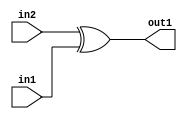
`timescale 1ps / 1ps
/*****************************************************************************
    Verilog RTL Description
    
    
    Created by: Stratus DpOpt 2019.1.01 
*******************************************************************************/

module ColorTransform_Xor_1Ux1U_1U_4 (
	in2,
	in1,
	out1
	); /* architecture "behavioural" */ 
input  in2,
	in1;
output  out1;
wire  asc001;

assign asc001 = 
	(in2)
	^(in1);

assign out1 = asc001;
endmodule

/* CADENCE  urj0Qw4= : u9/ySgnWtBlWxVPRXgAZ4Og= ** DO NOT EDIT THIS LINE ******/